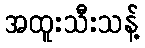
အထူးသီးသန့်